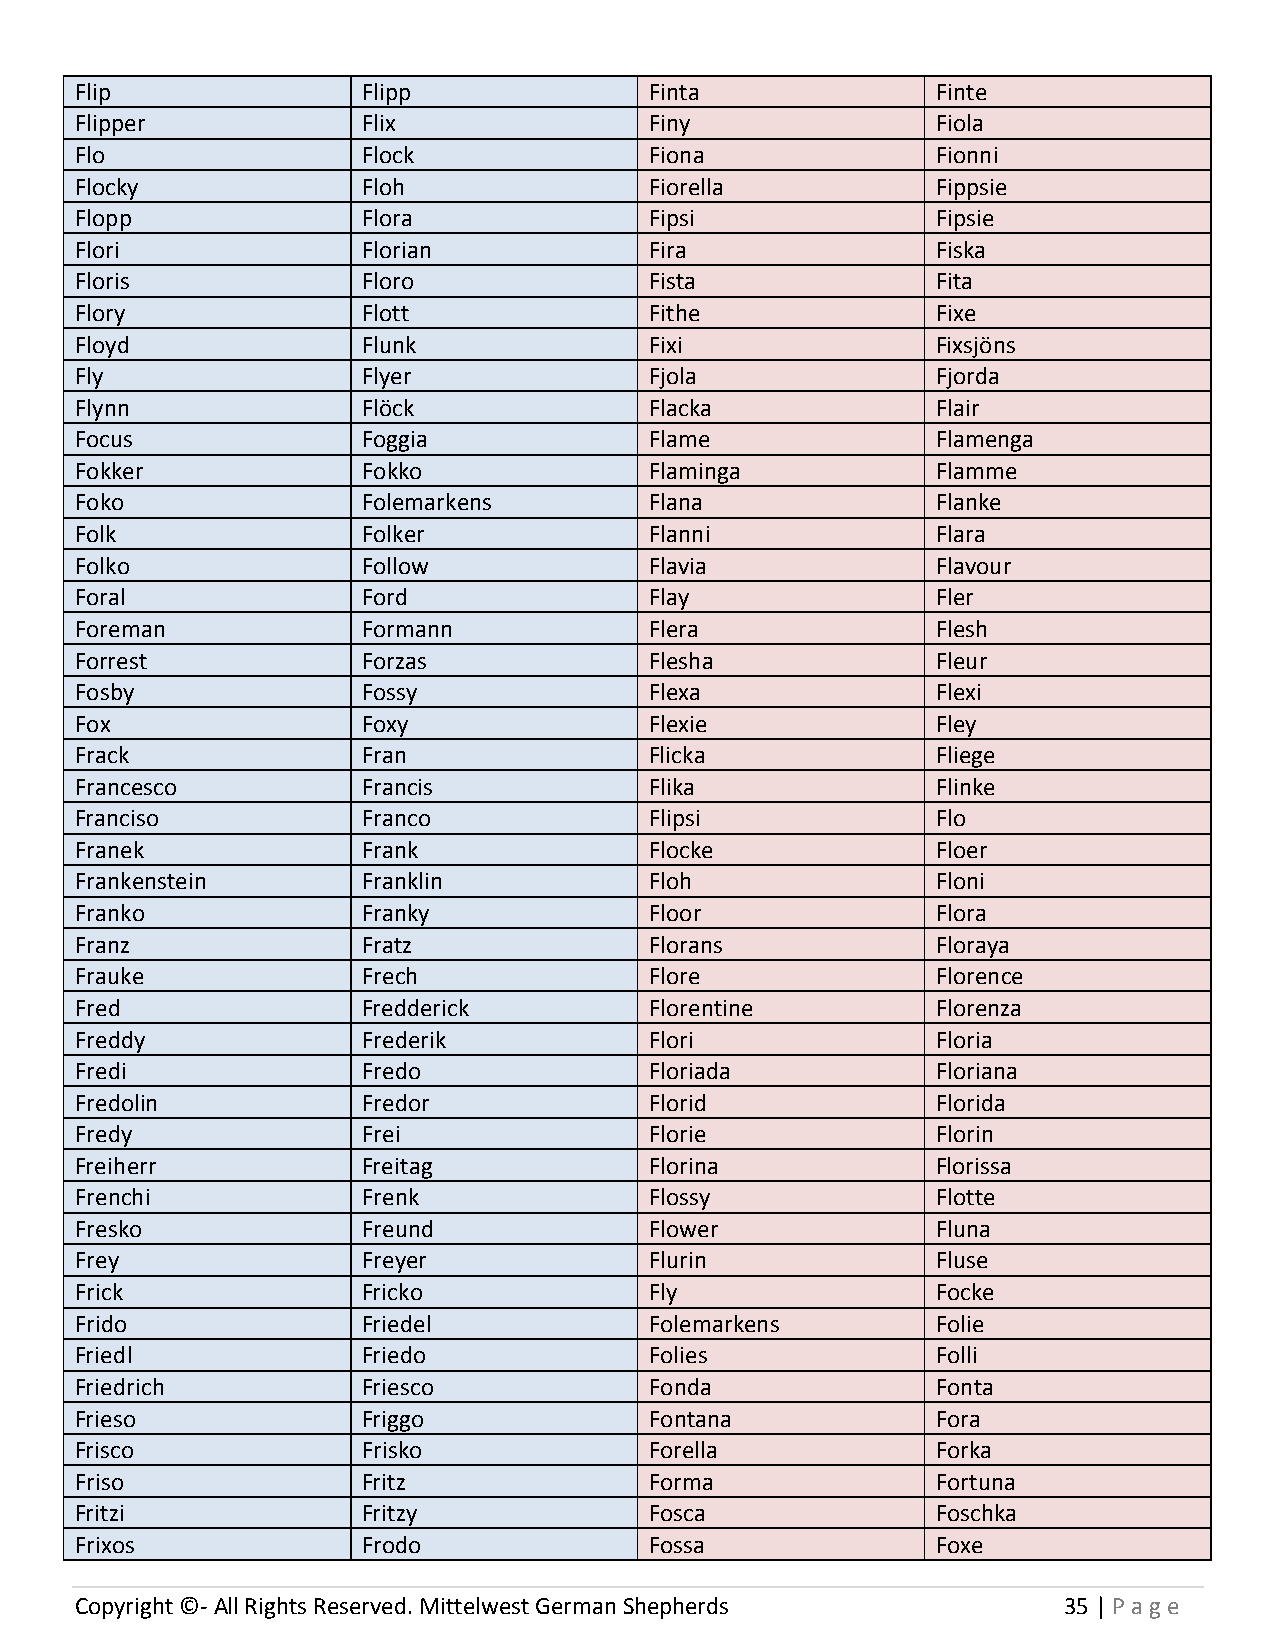
Flip               Flipp              Finta              Finte
 Flipper            Flix               Finy               Fiola
 Flo                Flock              Fiona              Fionni
 Flocky             Floh               Fiorella           Fippsie
 Flopp              Flora              Fipsi              Fipsie
 Flori              Florian            Fira               Fiska
 Floris             Floro              Fista              Fita
 Flory              Flott              Fithe              Fixe
 Floyd              Flunk              Fixi               Fixsjöns
 Fly                Flyer              Fjola              Fjorda
 Flynn              Flöck              Flacka             Flair
 Focus              Foggia             Flame              Flamenga
 Fokker             Fokko              Flaminga           Flamme
 Foko               Folemarkens        Flana              Flanke
 Folk               Folker             Flanni             Flara
 Folko              Follow             Flavia             Flavour
 Foral              Ford               Flay               Fler
 Foreman            Formann            Flera              Flesh
 Forrest            Forzas             Flesha             Fleur
 Fosby              Fossy              Flexa              Flexi
 Fox                Foxy               Flexie             Fley
 Frack              Fran               Flicka             Fliege
 Francesco          Francis            Flika              Flinke
 Franciso           Franco             Flipsi             Flo
 Franek             Frank              Flocke             Floer
 Frankenstein       Franklin           Floh               Floni
 Franko             Franky             Floor              Flora
 Franz              Fratz              Florans            Floraya
 Frauke             Frech              Flore              Florence
 Fred               Fredderick         Florentine         Florenza
 Freddy             Frederik           Flori              Floria
 Fredi              Fredo              Floriada           Floriana
 Fredolin           Fredor             Florid             Florida
 Fredy              Frei               Florie             Florin
 Freiherr           Freitag            Florina            Florissa
 Frenchi            Frenk              Flossy             Flotte
 Fresko             Freund             Flower             Fluna
 Frey               Freyer             Flurin             Fluse
 Frick              Fricko             Fly                Focke
 Frido              Friedel            Folemarkens        Folie
 Friedl             Friedo             Folies             Folli
 Friedrich          Friesco            Fonda              Fonta
 Frieso             Friggo             Fontana            Fora
 Frisco             Frisko             Forella            Forka
 Friso              Fritz              Forma              Fortuna
 Fritzi             Fritzy             Fosca              Foschka
 Frixos             Frodo              Fossa              Foxe
 Copyright ©- All Rights Reserved. Mittelwest German Shepherds    35 | P age